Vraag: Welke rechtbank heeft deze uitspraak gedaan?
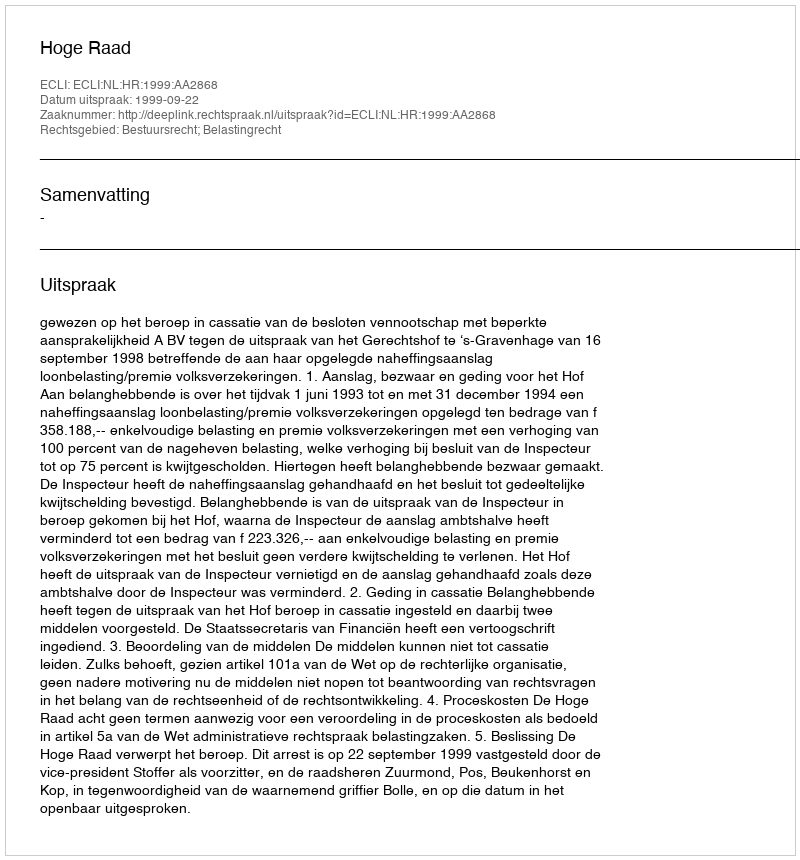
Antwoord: Hoge Raad